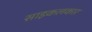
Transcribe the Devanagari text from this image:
साइकलकार